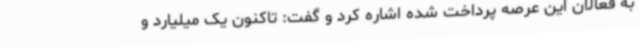
به فعالان این عرصه پرداخت شده اشاره کرد و گفت: تاکنون یک میلیارد و